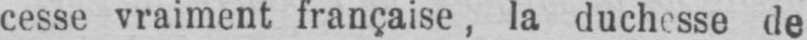
cesse vraiment française, la duchesse de